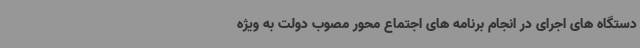
دستگاه های اجرای در انجام برنامه های اجتماع محور مصوب دولت به ویژه